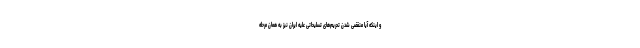
و اینکه آیا منقضی شدن تحریم‌های تسلیحاتی علیه ایران نیز به همان مرحله